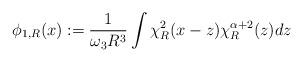
LaTeX: \begin{align*} \phi_{1,R}(x):= \frac{1}{\omega_3 R^3} \int \chi^2_R(x-z) \chi^{\alpha+2} _R(z) dz\end{align*}